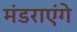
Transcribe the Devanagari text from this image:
मंडराएंगे